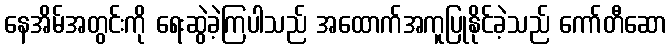
နေအိမ်အတွင်းကို ရေးဆွဲခဲ့ကြပါသည် အထောက်အကူပြုနိုင်ခဲ့သည် ကော်တီဆော